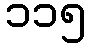
၁၁၅